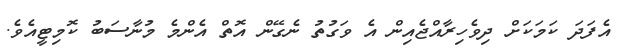
އެފަދަ ކަމަކަށް ދިވެހިރާއްޖެއިން އެ ވަގުތު ނެގޭން އޮތް އެންމެ މުނާސަބު ކޮމިޓީއެވެ.